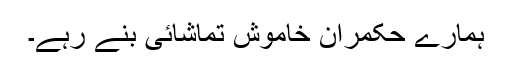
ہمارے حکمران خاموش تماشائی بنے رہے۔